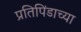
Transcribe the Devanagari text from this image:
प्रतिपिंडाच्या